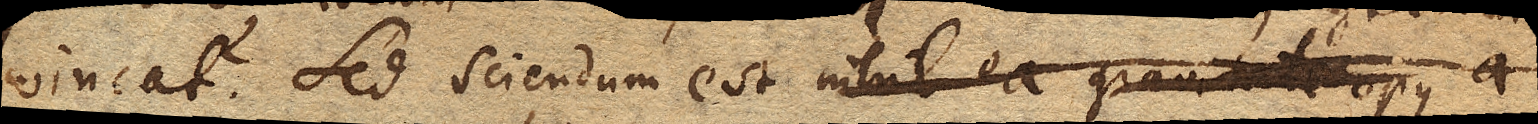
vincat? Sed sciendum est nihil ea gravitate opus a